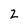
Character: 2